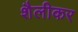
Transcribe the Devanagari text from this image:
शैलीकर